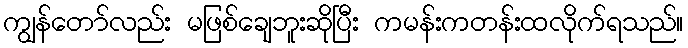
ကျွန်တော်လည်း မဖြစ်ချေဘူးဆိုပြီး ကမန်းကတန်းထလိုက်ရသည်။